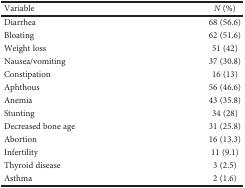
| Variable | N (%) |
 | --- | --- |
 | Diarrhea | 68 (56.6) |
 | Bloating | 62 (51.6) |
 | Weight loss | 51 (42) |
 | Nausea/vomiting | 37 (30.8) |
 | Constipation | 16 (13) |
 | Aphthous | 56 (46.6) |
 | Anemia | 43 (35.8) |
 | Stunting | 34 (28) |
 | Decreased bone age | 31 (25.8) |
 | Abortion | 16 (13.3) |
 | Infertility | 11 (9.1) |
 | Thyroid disease | 3 (2.5) |
 | Asthma | 2 (1.6) |